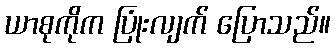
ယာစုကိုက ပြုံးလျက် ပြောသည်။